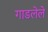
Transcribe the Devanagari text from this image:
गाडलेले